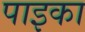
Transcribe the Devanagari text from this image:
पाइका